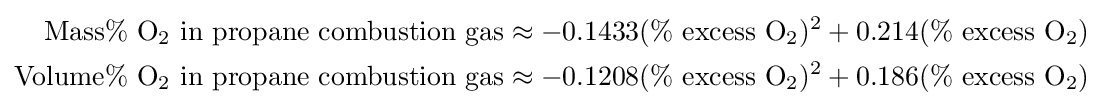
{\begin{aligned}\mathrm {Mass\%\ O_{2}\ in\ propane\ combustion\ gas} &\approx -0.1433(\mathrm {\%\ excess\ O_{2}} )^{2}+0.214(\mathrm {\%\ excess\ O_{2}} )\\\mathrm {Volume\%\ O_{2}\ in\ propane\ combustion\ gas} &\approx -0.1208(\mathrm {\%\ excess\ O_{2}} )^{2}+0.186(\mathrm {\%\ excess\ O_{2}} )\end{aligned}}